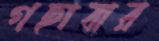
গছাবার